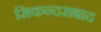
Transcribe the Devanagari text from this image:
सिकन्‍दराबाद